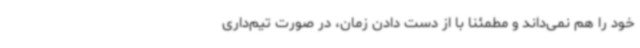
خود را هم نمی‌داند و مطمئنا با از دست دادن زمان، در صورت تیم‌داری